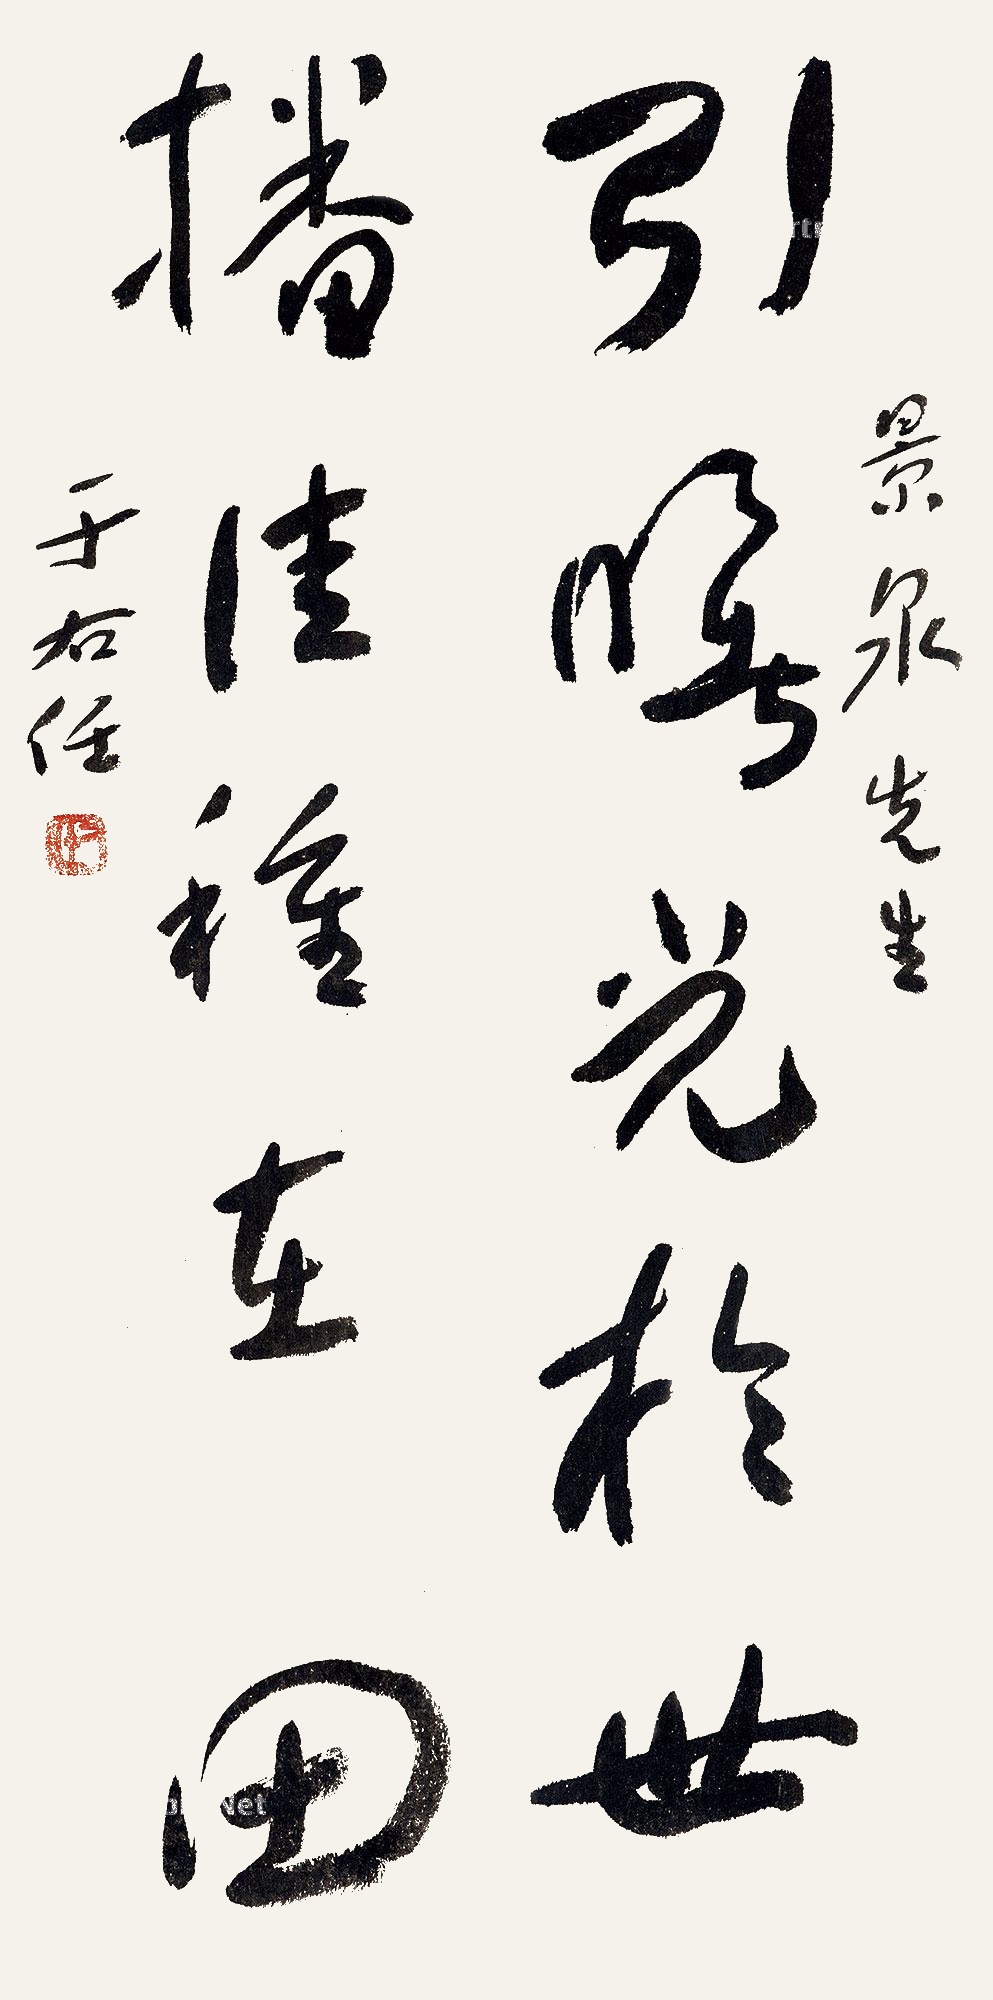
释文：引曙光于世，播佳种在田。景泉先生，于右任。